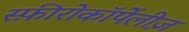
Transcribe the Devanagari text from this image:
स्फ़ीरोकॉर्पेलीज़